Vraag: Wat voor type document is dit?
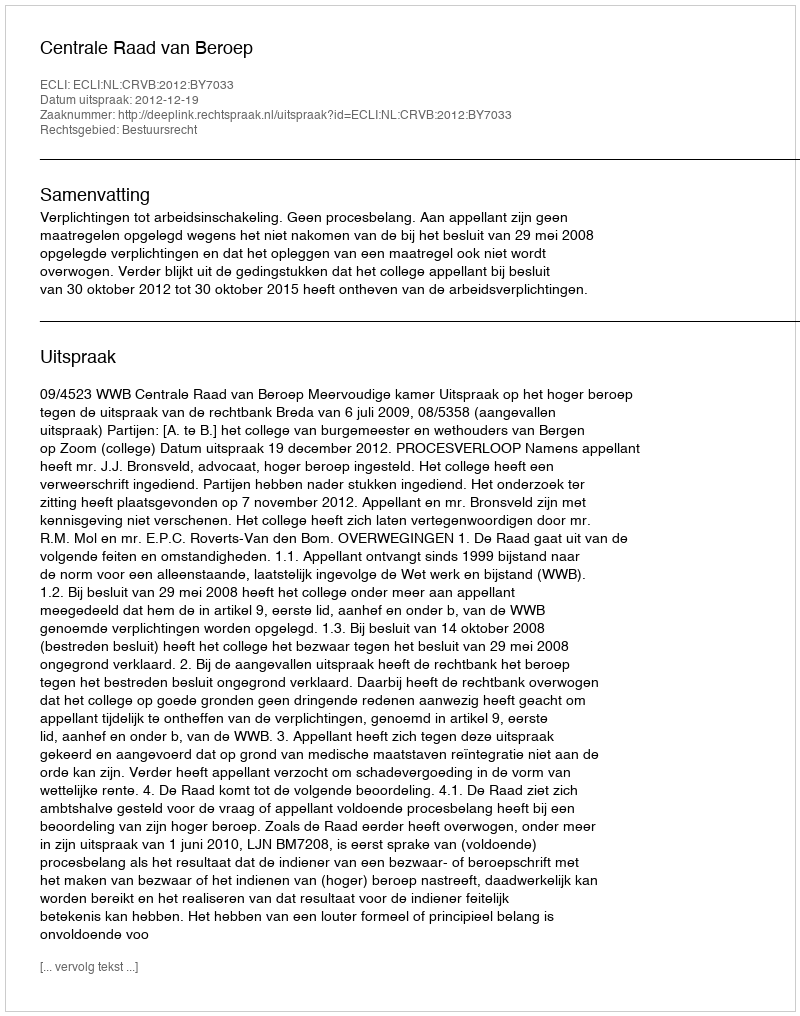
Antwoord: Uitspraak